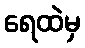
ရေထဲမှ